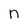
Character: n